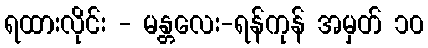
ရထားလိုင်း - မန္တလေး-ရန်ကုန် အမှတ် ၁၀